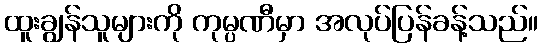
ထူးချွန်သူများကို ကုမ္ပဏီမှာ အလုပ်ပြန်ခန့်သည်။